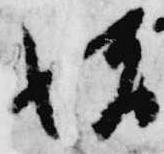
増